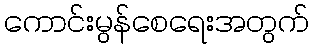
ကောင်းမွန်စေရေးအတွက်